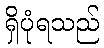
ရှိပုံရသည်